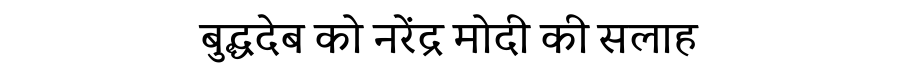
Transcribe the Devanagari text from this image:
बुद्धदेब को नरेंद्र मोदी की सलाह